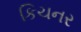
કિચનર